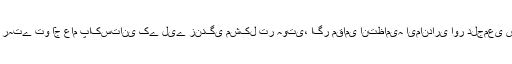
اگر ریاست کے اداروں نے اپنا کردار ادا کیا ہوتا تو آج ملک کا یہ حال ہوتا، اگر ریاست کے ملازم ریاست کے وفادار رہتے تو آج عام پاکستانی کے لیے زندگی مشکل تر ہوتی، اگر مقامی انتظامیہ ایمانداری اور دلجمعی سے کام کرتی تو اشیائ￿ خوردونوش عام آدمی کی پہنچ سے باہر ہوتیں، یہ سب مافیا کے گٹھ جوڑ کا نتیجہ ہے۔